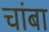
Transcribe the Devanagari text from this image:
चांबा